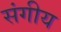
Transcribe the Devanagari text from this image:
संगीय